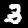
Digit: 3